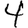
Digit: 4